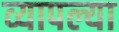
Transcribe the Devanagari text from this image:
व्यापल्या